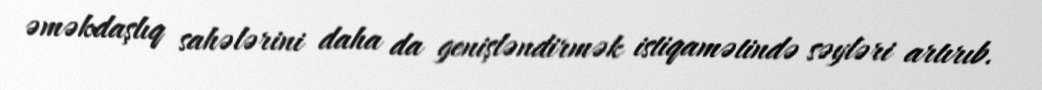
əməkdaşlıq sahələrini daha da genişləndirmək istiqamətində səyləri artırıb.